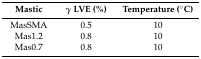
<table><thead><tr><td><b>Mastic</b></td><td><b><i>γ</i> LVE (%)</b></td><td><b>Temperature (°C)</b></td></tr></thead><tbody><tr><td>MasSMA</td><td>0.5</td><td>10</td></tr><tr><td>Mas1.2</td><td>0.8</td><td>10</td></tr><tr><td>Mas0.7</td><td>0.8</td><td>10</td></tr></tbody></table>